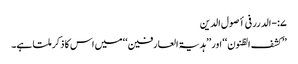
۷:-الدرر فی أصول الدین
’’کشف الظنون‘‘ اور ’’ہدیۃ العارفین‘‘ میں اس کا ذکر ملتا ہے۔